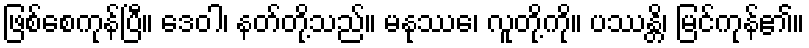
ဖြစ်စေကုန်ပြီ။ ဒေဝါ၊ နတ်တို့သည်။ မနုဿေ၊ လူတို့ကို။ ပဿန္တိ၊ မြင်ကုန်၏။